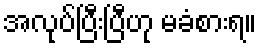
အလုပ်ပြီးပြီဟု မခံစားရ။